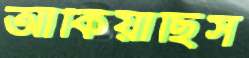
আঁকিয়াছিস